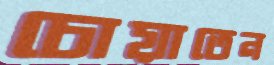
চোয়াতেন